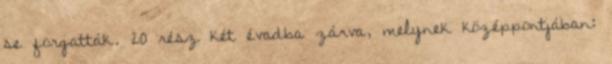
se forgatták. 20 rész két évadba zárva, melynek középpontjában: